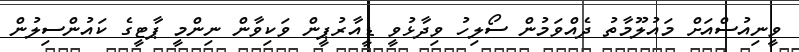
ވީނިއުސްއަށް މައުލޫމާތު ދެއްވަމުން ސޯލިހު ވިދާޅުވީ ޑީއާރުޕީން ވަކިވާން ނިންމީ ޕާޓީގެ ކައުންސިލުން